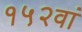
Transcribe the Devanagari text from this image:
१५२वां